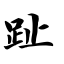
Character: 趾